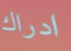
ادراك